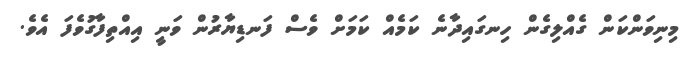
މިނިވަންކަން ގެއްލިގެން ހިނގައިދާނެ ކަމެއް ކަމަށް ވެސް ފަނޑިޔާރުން ވަނީ އިއްތިފާގުވެފަ އެވެ.